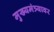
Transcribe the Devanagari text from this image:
मुख्यमंत्र्यावर